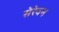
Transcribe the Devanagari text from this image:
सेरेवन